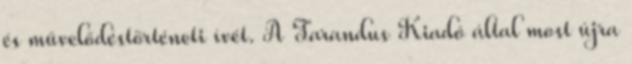
és művelődéstörténeti ívét. A Tarandus Kiadó által most újra